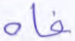
فاه